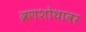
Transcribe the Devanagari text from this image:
व्रणशोथावर